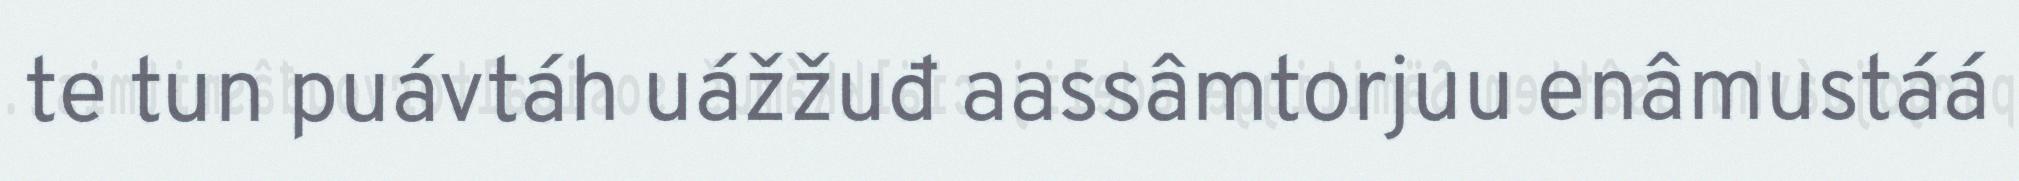
te tun puávtáh uážžuđ aassâmtorjuu enâmustáá